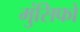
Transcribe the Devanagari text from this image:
मुंसिफों